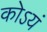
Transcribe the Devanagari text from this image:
कोऽयं